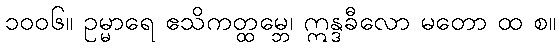
၁၀၀၆။ ဥမ္မာရေ ဧသိကတ္ထမ္ဘေ၊ ဣန္ဒခီလော မတော ထ စ။